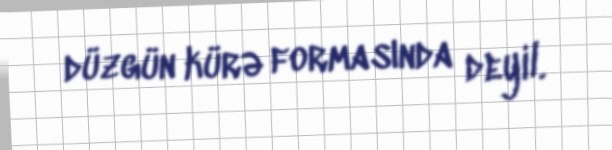
düzgün kürə formasında deyil.